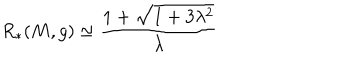
LaTeX: R _ { * } ( M , g ) \simeq \frac { 1 + \sqrt { 1 + 3 \lambda ^ { 2 } } } { \lambda }